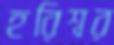
হরিশ্বর